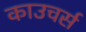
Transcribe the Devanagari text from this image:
काउचर्स